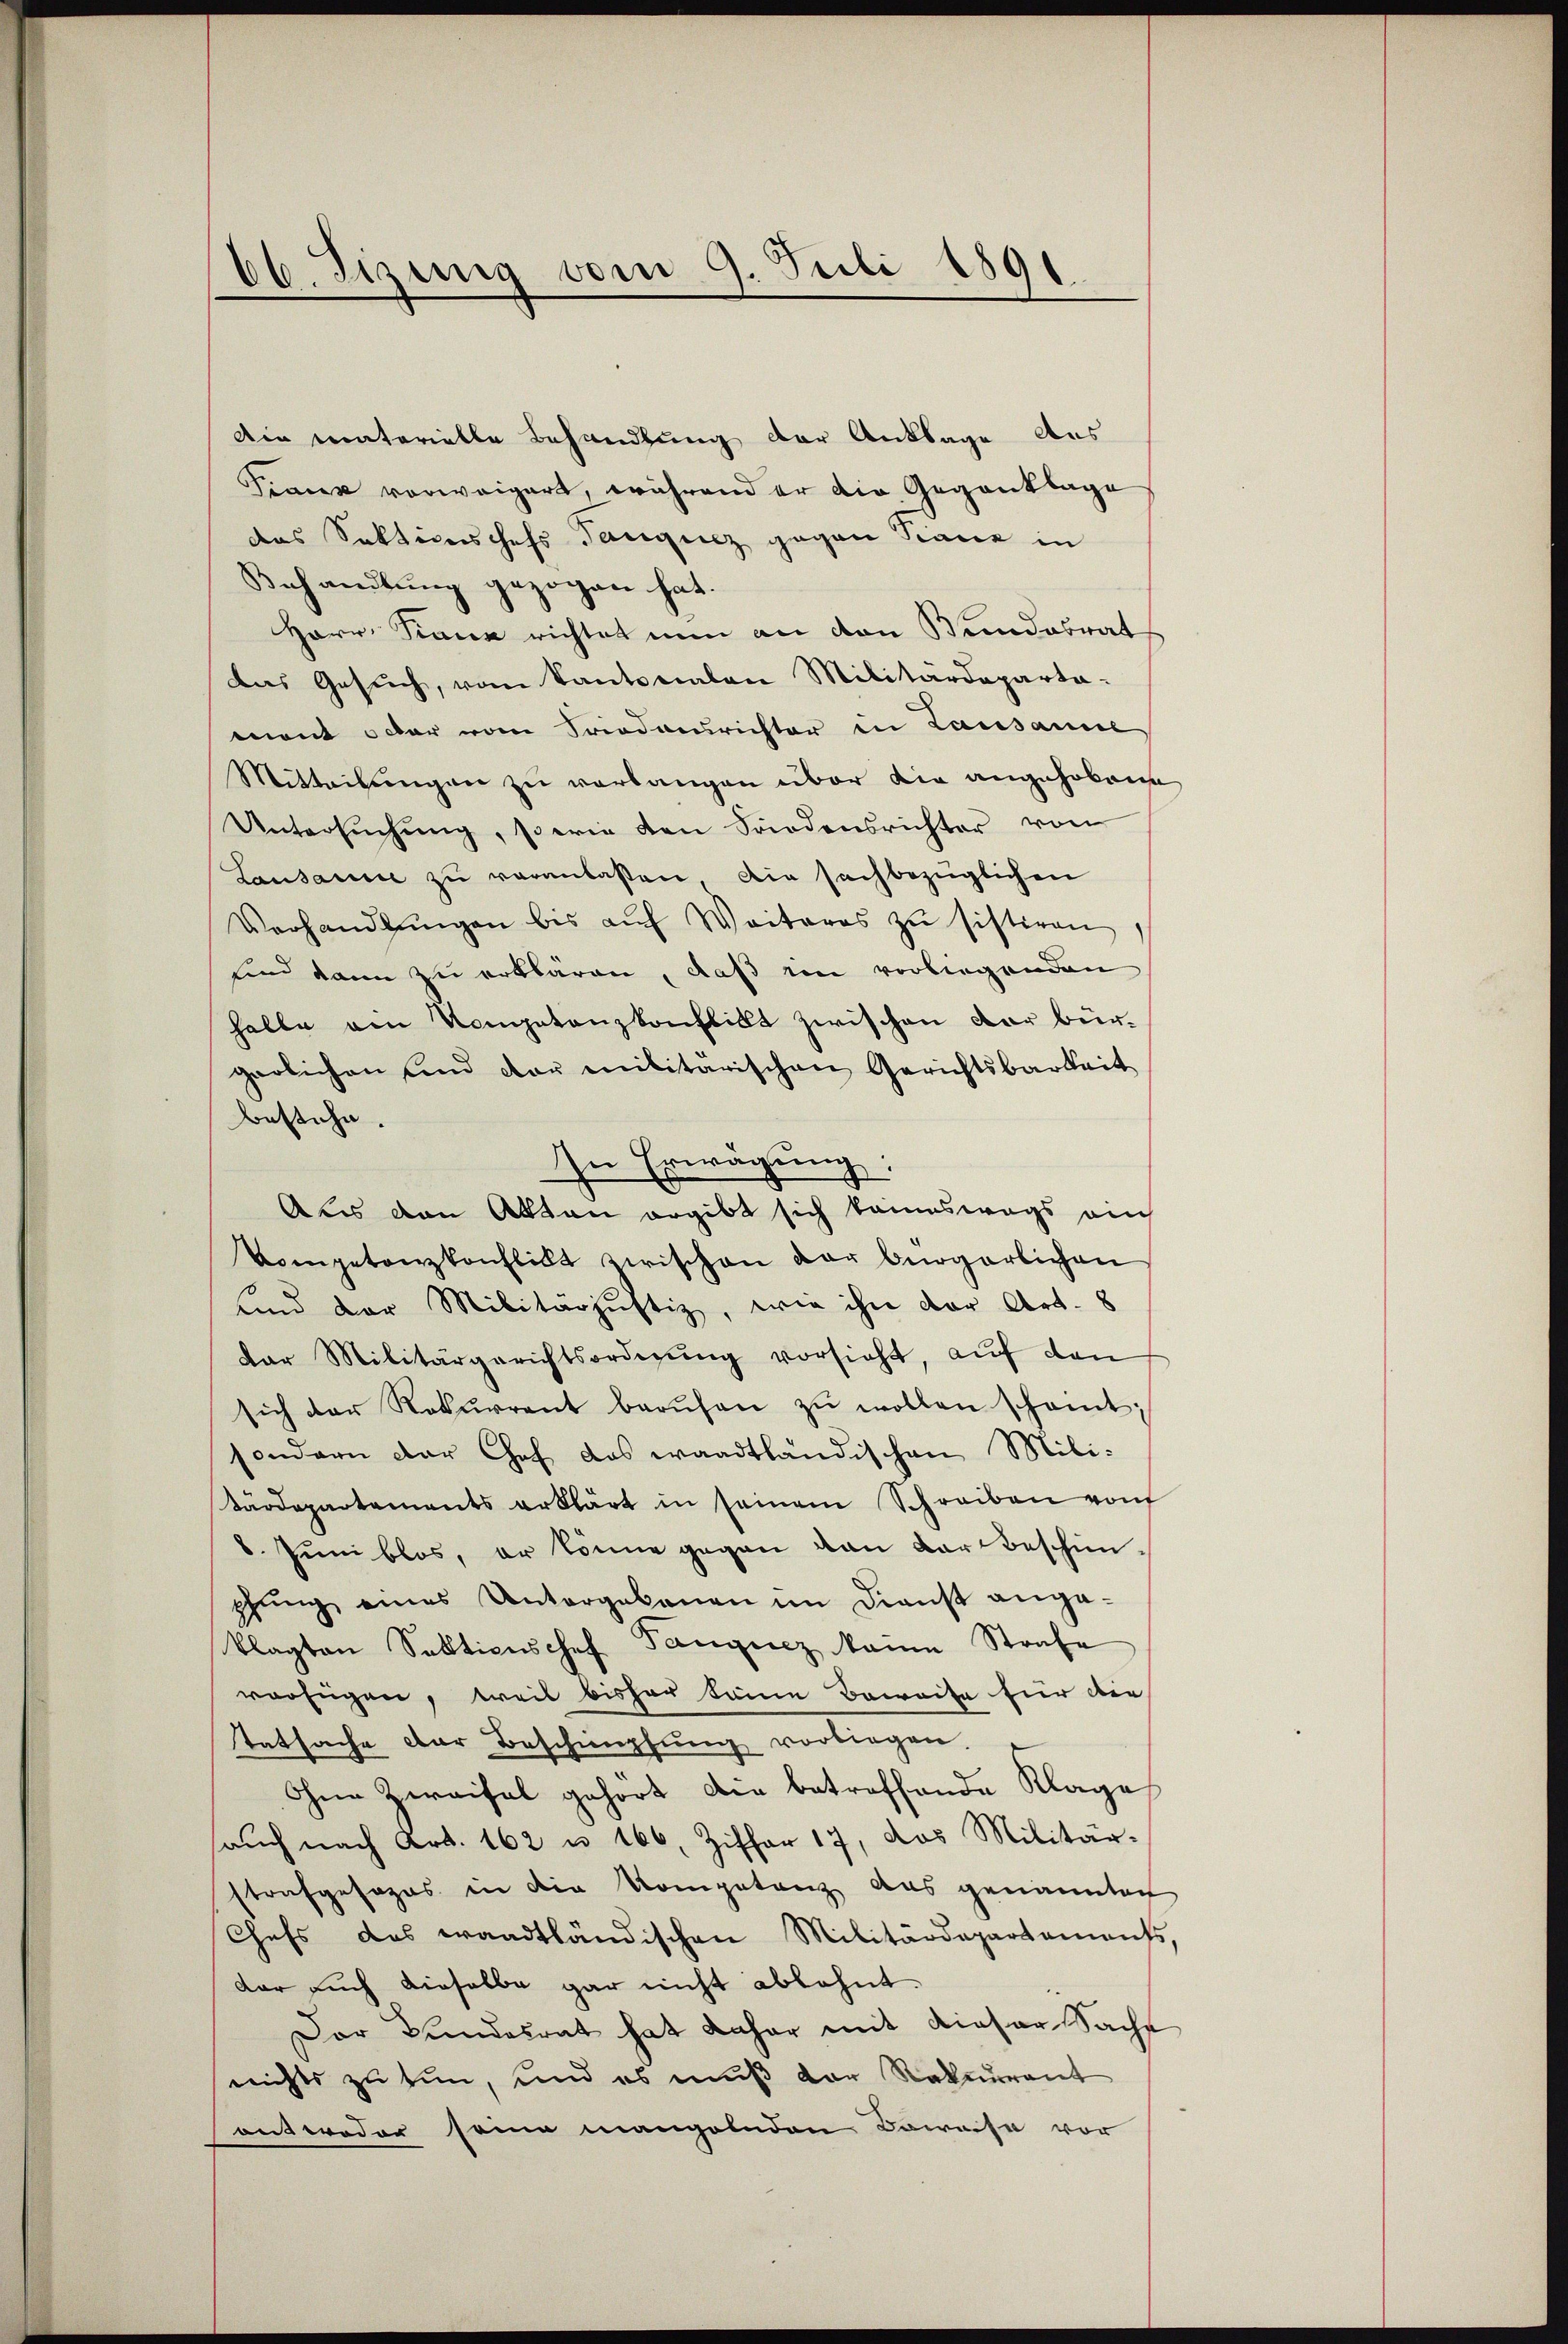
bb. Jizinig vom 9. Juli 1891

Die materielle Behandlung der Anklage Aus
Pinien vorweigert, während er die Gegenklage
das Sektionischefs Tanguez gegen Tanz in
Behandlung gezogen hat.
Herr. Sinner richtet nun an den Bundesrat
Das Gesuch, vom Kantonalen Militärdeparta-
mont ober vom Friedensrichter in Lausanne
Mitteilungen zu verlangen über die angehobene
Untersŭchŭng, serie den Friedensrichter von
Lausanne zŭ veranlaßen, die sachbezüglichen
Verhandlŭngen bis aŭf Weiteres zŭ sistiren
und dann zu erklären, daß ein vorliegenden
halte ein Kompetenzkonflikt zwischen der bürgarlichen und der militärischen Gerichtsbarkeit
bestehe.
In Erwägung:
Aus den Akten ergibt sich keineswegs auch
Vomgetanzkonflicht zwischen der bürgerlichen
und der Militärjustiz, wie ihn der Art. 8
dar Militärgerichtsordnŭng vorsieht, aŭf den
sich der Rekurrent berŭfen zŭ wollen scheint.
sondern der Chef das waadtländischen Militärdepartements erklärt in seinem Schreiben von
8. Juni blos, er könne gegen von dar beschie-
pfung eines Untergebenen im Dienst angeklagten Sekticischef Fangiez aine Strafe
verfügen, weil bisher keine Beweise für die
Tatsache der Beschimpfung vorliegen.
Ine Zweifel gehört die betreffende Klage
auch nach Art. 162 u. 166, Ziffer 17, das Militär-
strafgesezes in die Kompetenz das genannten
Chefs des waadtländischen Militärdepartements,
dar auch dieselbe gar nicht ablehnt.
Der Bundesrat hat daher mit dieser Sache
nichts zu tun, und es muß der Rekurrent
antweder seine mangelnden Beweise vor